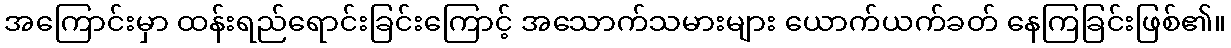
အကြောင်းမှာ ထန်းရည်ရောင်းခြင်းကြောင့် အသောက်သမားများ ယောက်ယက်ခတ် နေကြခြင်းဖြစ်၏။